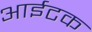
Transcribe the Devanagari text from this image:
आईटक